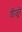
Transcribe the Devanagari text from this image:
डीजुरे